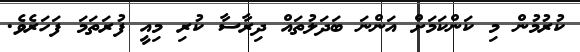
ކުރުމުން މި ކަންކަމަށް އަންނަ ބަދަލުތައް ދިރާސާ ކުރި މިއީ ފުރަތަމަ ފަހަރެވެ.